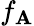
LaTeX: f_{\mathbf{A}}